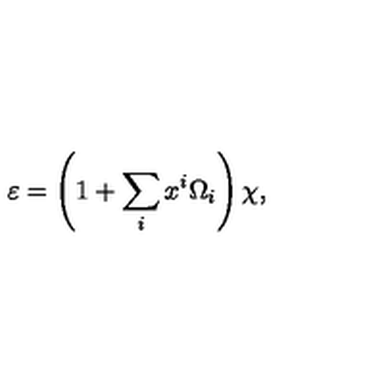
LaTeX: \varepsilon = \left( 1 + \sum _ { i } x ^ { i } \Omega _ { i } \right) \chi ,